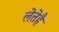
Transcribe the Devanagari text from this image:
लेतेहै